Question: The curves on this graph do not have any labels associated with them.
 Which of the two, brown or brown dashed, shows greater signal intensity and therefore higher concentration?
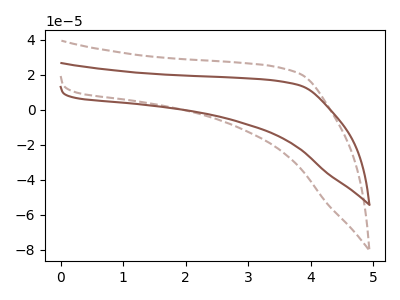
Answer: <think>The brown dashed curve "brown dashed" has no peaks. The brown curve "brown" has no peaks.
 Neither "brown" or "brown dashed" have any peaks.</think>
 <answer>I cant tell if "brown" or "brown dashed" has higher concentration.</answer>
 <eval>mixed_concentration</eval>